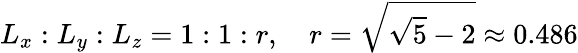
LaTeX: L_{x}:L_{y}:L_{z}=1:1:r,\quad r=\sqrt{\sqrt{5}-2}\approx 0.486